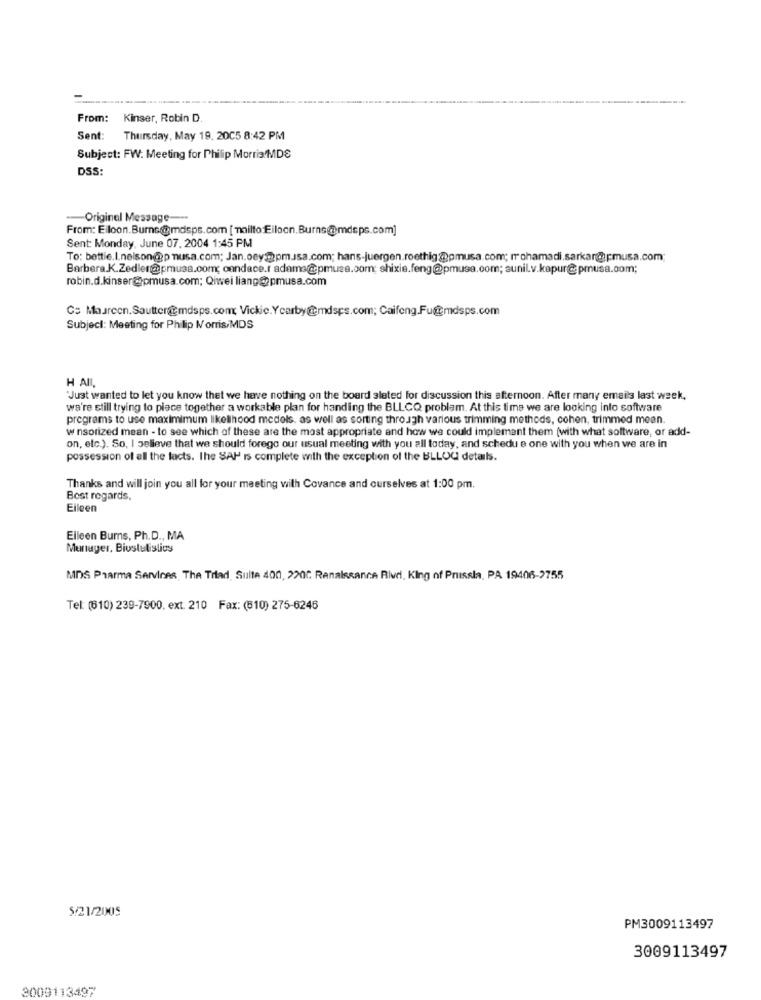
---
From: Kinser, Robin D.
Sent: Thursday, May 19, 2005 8:42 PM
Subject: FW: Meeting for Philip Morris MDS
DSS:
-- Original Message ---
From: Elloon.Burns@@mdsps.com [ mailto:Eiloon.Burns@mdeps.com]
Sent: Monday, June 07. 2004 1:45 PM
To: bettie.l.nelson@p nusa.com; Jan.oey@pm.ssa.com; hans-juergen.roethig@pmusa.com; mohamadi.sarkar@pmusa.com
Barbera.K.Zedler@pmusa.com; candace.r adame@apmusa.com; shixie.feng@pmuse.com; sunil.v.kapur@pmusa.com;
robin.d.kinser@pmusa.com; Qiwei liang@pmusa.com
Cs Maureen.Sautter@mdsps.com Vickie.Yearby@mdsps.com; Caifeng.Fu@mdsps.com
Subject: Meeting for Philip Morris/MDS
H AII,
'Just wanted to let you know that we have nothing on the board slated for discussion this afternoon. After many emails last week,
we're still trying to piece together a workable plan for handing the BLLCQ problem. At this time we are looking into software
programs to use maximimum likelihood medels. as well as sorting through various trimming methods, cohen, trimmed mean.
w nsorized mean - to see which of these are the most appropriate and how we could implement them (with what software, or add-
on, etc.). So, I believe that we should forego our usual meeting with you all today, and schedu e one with you when we are in
possession of all the facts. The SAP is complete with the exception of the BLLOU details.
Thanks and will join you all for your meeting with Covance and ourselves at 1:00 pm.
Best regards,
Eileen
Eileen Bums, Ph.D ., MA
Munuger, Biustatistics
MDS Pharma Services, The Trad. Sulte 400, 220℃ Renaissance Rivri, King of Prussia, PA 19406-2755
Tel: (610) 239-7900, ext. 210 Fax: (510) 275-6248
5/21/2005
PM3009113497
3009113497
3009113497